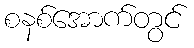
စနစ်အောက်တွင်